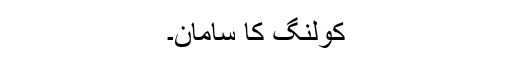
کولنگ کا سامان۔